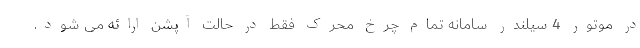
در موتور 4 سیلندر سامانه تمام چرخ محرک فقط در حالت آپشن ارائه می شود.